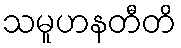
သမူဟနတီတိ